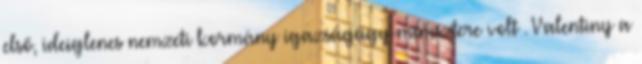
első, ideiglenes nemzeti kormány igazságügy-minisztere volt . Valentiny a